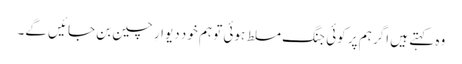
وہ کہتے ہیں اگر ہم پر کوئی جنگ مسلط ہوئی تو ہم خود دیوارِ چین بن جائیں گے۔